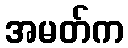
အမတ်က